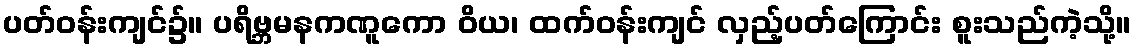
ပတ်ဝန်းကျင်၌။ ပရိဗ္ဘမနကဏူကော ဝိယ၊ ထက်ဝန်းကျင် လှည့်ပတ်ကြောင်း စူးသည်ကဲ့သို့။